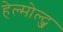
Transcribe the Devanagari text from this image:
हेल्मोल्ट्ज